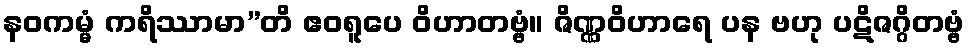
နဝကမ္မံ ကရိဿာမာ”တိ ဧဝရူပေ ဝိဟာတဗ္ဗံ။ ဇိဏ္ဏဝိဟာရေ ပန ဗဟု ပဋိဇဂ္ဂိတဗ္ဗံ